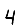
Digit: 4